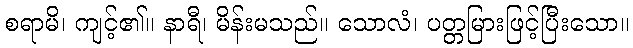
စရာမိ၊ ကျင့်၏။ နာရီ၊ မိန်းမသည်။ သောလံ၊ ပတ္တမြားဖြင့်ပြီးသော။